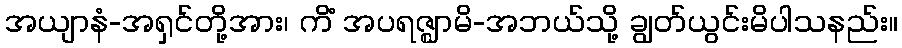
အယျာနံ-အရှင်တို့အား၊ ကိံ အပရဇ္ဈာမိ-အဘယ်သို့ ချွတ်ယွင်းမိပါသနည်း။